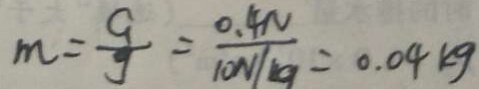
m = \frac { G } { g } = \frac { 0 . 4 N } { 1 0 N / k g } = 0 . 0 4 k g